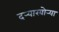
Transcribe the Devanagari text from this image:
दर्‍याखोर्‍या